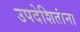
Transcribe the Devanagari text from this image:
उपदेशितांना